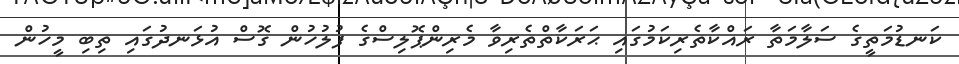
ކަނޑުމަތީގެ ސަލާމަތާ ރައްކާތެރިކަމުގައި ޙަރަކާތްތެރިވާ މެރިންޕޮލިސްގެ ފުލުހުން ގޮސް އުޅަނދުގައި ތިބި މީހުން